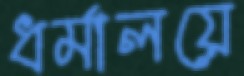
ধর্মালয়ে